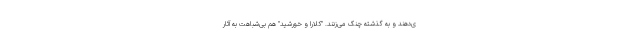
ی‌دهند و به گذشته چنگ می‌زنند. "کلارا و خورشید" هم بی‌شباهت به آثار